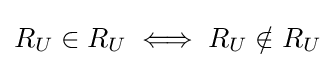
R_{U}\in R_{U}\iff R_{U}\notin R_{U}